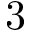
3